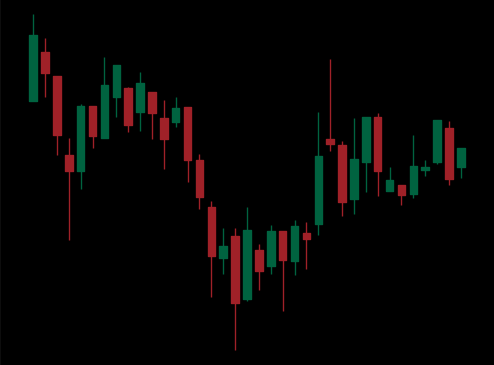
Pattern: inverse_head_shoulders